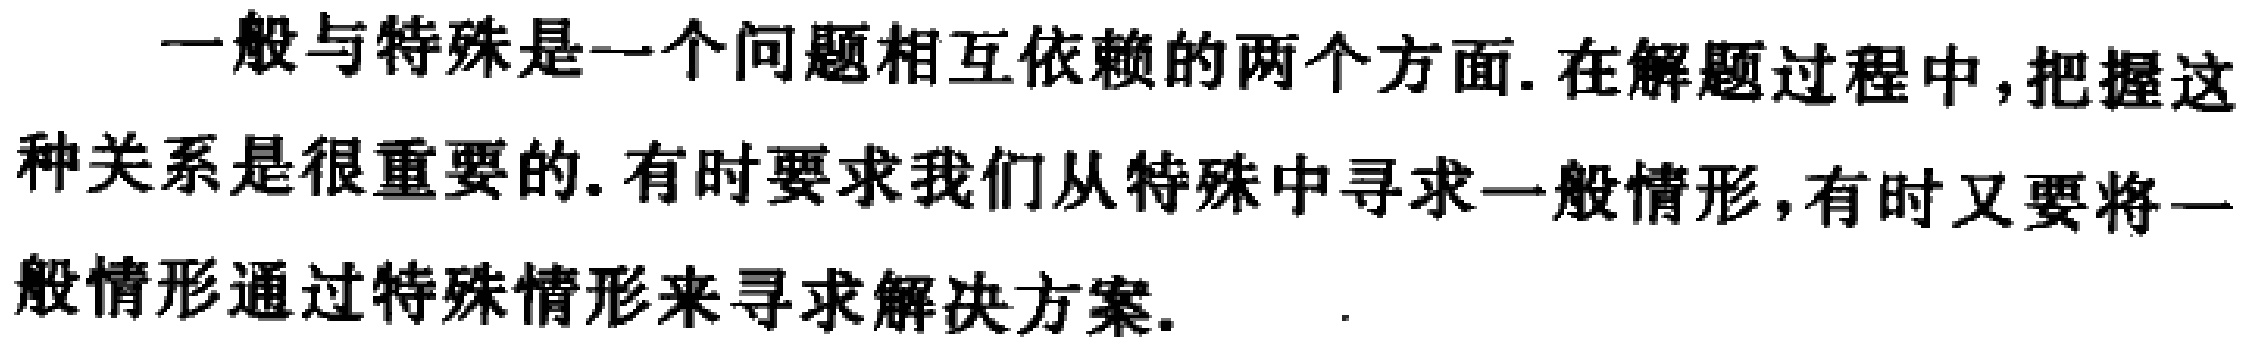
一般与特殊是一个问题相互依赖的两个方面. 在解题过程中,把握这种关系是很重要的. 有时要求我们从特殊中寻求一般情形,有时又要将一般情形通过特殊情形来寻求解决方案.